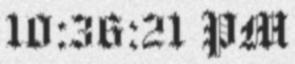
10:36:21 PM